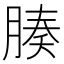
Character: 腠